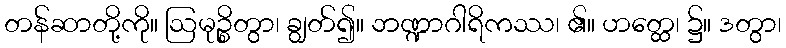
တန်ဆာတို့ကို။ ဩမုဉ္စိတွာ၊ ချွတ်၍။ ဘဏ္ဍာဂါရိကဿ၊ ၏။ ဟတ္ထေ၊ ၌။ ဒတွာ၊